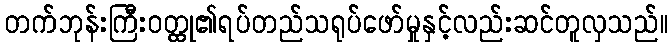
တက်ဘုန်းကြီးဝတ္ထု၏ရပ်တည်သရုပ်ဖော်မှုနှင့်လည်းဆင်တူလှသည်။